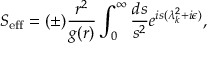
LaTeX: S _ { \mathrm { e f f } } = ( \pm ) { \frac { r ^ { 2 } } { g ( r ) } } \int _ { 0 } ^ { \infty } { \frac { d s } { s ^ { 2 } } } e ^ { i s ( \lambda _ { k } ^ { 2 } + i \epsilon ) } ,